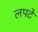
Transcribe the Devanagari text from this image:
लपटे